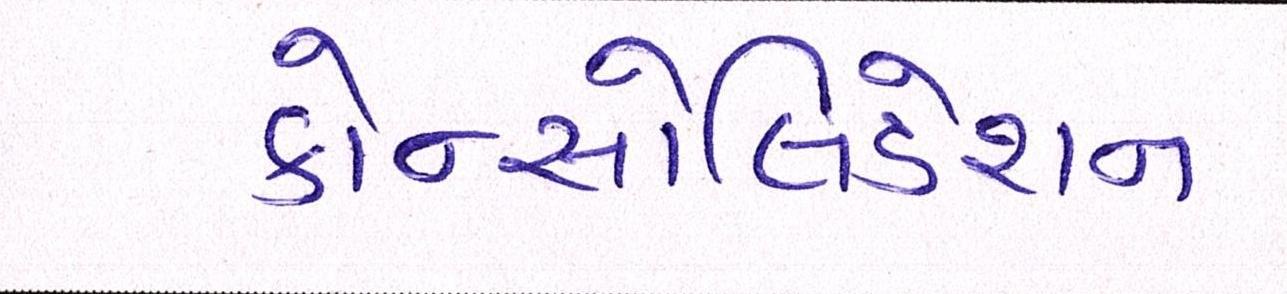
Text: કોન્સોલિડેશન